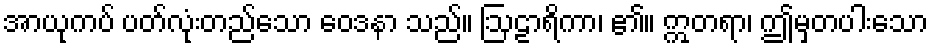
အာယုကပ် ပတ်လုံးတည်သော ဝေဒနာ သည်။ ဩဠာရိကာ၊ ၏။ ဣတရာ၊ ဤမှတပါးသော